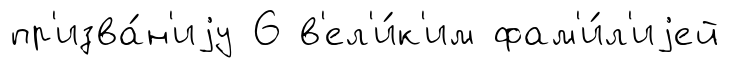
пр'изва́н'иjу 6 в'ел'и́к'им фам'и́л'иjей